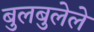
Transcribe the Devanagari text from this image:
बुलबुलेले